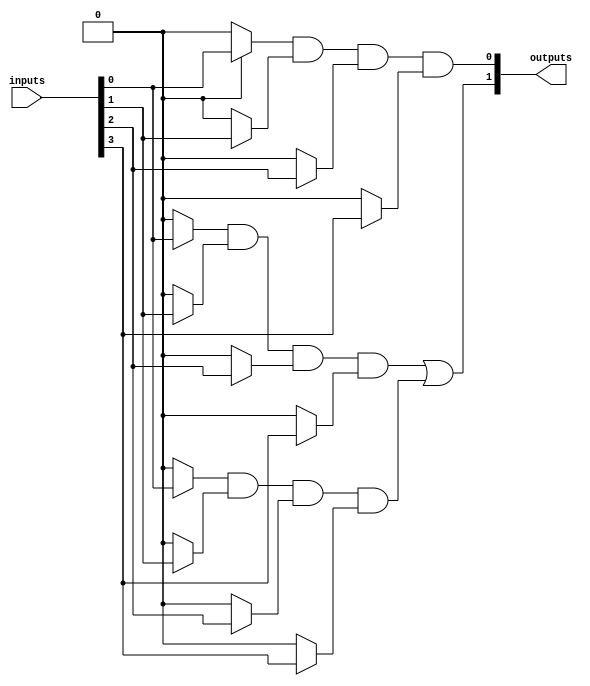
module masked_pal (
    input wire [N-1:0] inputs,  // N inputs to the PAL
    output wire [M-1:0] outputs  // M outputs from the PAL
);

    // Parameters for the number of inputs, AND gates, and outputs
    parameter N = 4; // Number of inputs (adjust as needed)
    parameter G = 4; // Number of AND gates (fixed)
    parameter M = 2; // Number of outputs (fixed)

    // Define the programmable AND gate outputs
    wire [G-1:0] and_out;

    // Masked connections for AND gates
    // Each array represents the mask for one AND gate
    // For example, `assign and_out[0] = inputs[0] & inputs[1];` means AND gate 0 is configured to respond to inputs 0 and 1.
    // This will be fixed in the manufacturing stage.

    assign and_out[0] = (MASK_A00 ? inputs[0] : 1'b0) & 
                        (MASK_A01 ? inputs[1] : 1'b0) & 
                        (MASK_A02 ? inputs[2] : 1'b0) & 
                        (MASK_A03 ? inputs[3] : 1'b0);
    
    assign and_out[1] = (MASK_A10 ? inputs[0] : 1'b0) & 
                        (MASK_A11 ? inputs[1] : 1'b0) & 
                        (MASK_A12 ? inputs[2] : 1'b0) & 
                        (MASK_A13 ? inputs[3] : 1'b0);
    
    assign and_out[2] = (MASK_A20 ? inputs[0] : 1'b0) & 
                        (MASK_A21 ? inputs[1] : 1'b0) & 
                        (MASK_A22 ? inputs[2] : 1'b0) & 
                        (MASK_A23 ? inputs[3] : 1'b0);

    assign and_out[3] = (MASK_A30 ? inputs[0] : 1'b0) & 
                        (MASK_A31 ? inputs[1] : 1'b0) & 
                        (MASK_A32 ? inputs[2] : 1'b0) & 
                        (MASK_A33 ? inputs[3] : 1'b0);

    // Fixed OR gates combining the outputs of the AND gates
    assign outputs[0] = and_out[0] | and_out[1]; // Output 0 could be a combination of AND gates
    assign outputs[1] = and_out[2] | and_out[3]; // Output 1 is another combination

    // Masks to connect inputs to the AND gates
    // These would be set during manufacturing and cannot be changed in the final device
    localparam MASK_A00 = 1'b1; // Example: AND gate 0 uses input 0
    localparam MASK_A01 = 1'b1; // Example: AND gate 0 uses input 1
    localparam MASK_A02 = 1'b0; // Example: AND gate 0 does not use input 2
    localparam MASK_A03 = 1'b0; // Example: AND gate 0 does not use input 3
    // Add additional MASK_AXX parameters as needed for each AND gate

endmodule